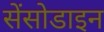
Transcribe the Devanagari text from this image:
सेंसोडाइन